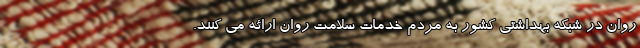
روان در شبکه بهداشتی کشور به مردم خدمات سلامت روان ارائه می کنند.